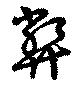
弊